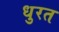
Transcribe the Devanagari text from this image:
धुरत